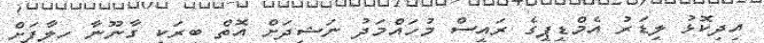
އިދިކޮޅު ލީޑަރު އެމްޑީޕީގެ ރައީސް މުހައްމަދު ނަޝީދަށް އޮތް ބިރަކީ ގާނޫނާ ހިލާފަށް